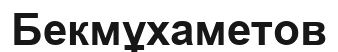
Бекмұхаметов